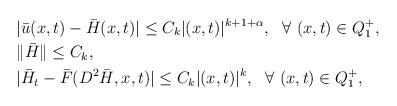
LaTeX: \begin{align*}\begin{aligned} &|\bar u(x,t)-\bar{H}(x,t)|\leq C_k |(x,t)|^{k+1+\alpha}, ~~\forall ~(x,t)\in Q_{1}^+,\\ &\|\bar{H}\|\leq C_k,\\ &|\bar{H}_t-\bar F(D^2\bar{H},x,t)|\leq C_k|(x,t)|^{k}, ~~\forall ~(x,t)\in Q_{1}^+,\\\end{aligned}\end{align*}